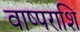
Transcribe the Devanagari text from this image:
वाष्पराशि